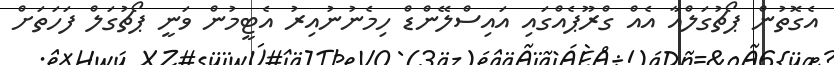
އެގޮތުން ޕޯޗުގަލްއާ އެއް ގްރޫޕެއްގައި އައިސްލޭންޑް ހިމެނުނުއިރު އެޓީމުން ވަނީ ޕޯޗުގަލް ފަހަތަށް